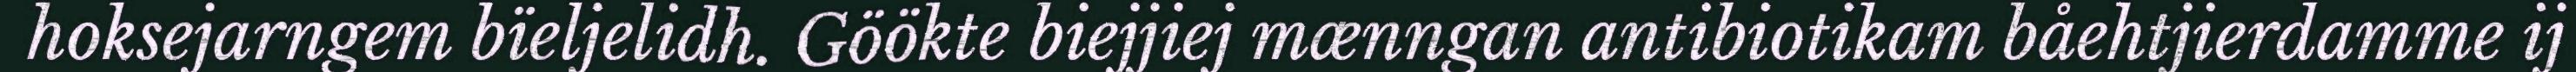
hoksejarngem bïeljelidh. Göökte biejjiej mænngan antibiotikam båehtjierdamme ij